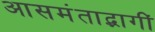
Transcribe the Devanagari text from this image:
आसमंताद्भागीं